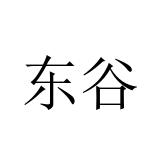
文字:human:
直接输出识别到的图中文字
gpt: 东谷